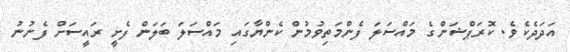
އަދަދެކެވެ. ކޮރަޕްޝަންގެ މައްސަލަ ފެންމަތިވުމުން ކެންޔާގައި މައްސަލަ ބަަލަން ފެށީ ރައީސަށް ފެނުނު